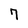
Character: 7